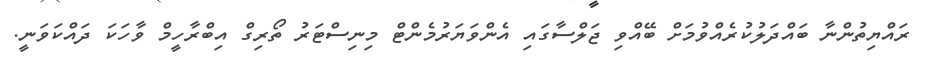
ރައްޔިތުންނާ ބައްދަލުކުރެއްވުމަށް ބޭއްވި ޖަލްސާގައި އެންވަޔަރުމެންޓް މިނިސްޓަރު ތޯރިގް އިބްރާހީމް ވާހަކަ ދައްކަވަނީ.